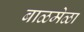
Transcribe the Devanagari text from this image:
बाळमेळा